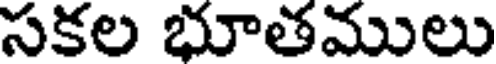
సకల భూతములు